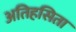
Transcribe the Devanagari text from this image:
अतिहसिता